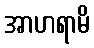
အာဟရာမိ